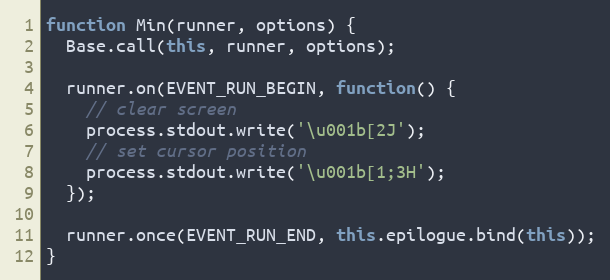
Language: JavaScript
function Min(runner, options) {
  Base.call(this, runner, options);

  runner.on(EVENT_RUN_BEGIN, function() {
    // clear screen
    process.stdout.write('\u001b[2J');
    // set cursor position
    process.stdout.write('\u001b[1;3H');
  });

  runner.once(EVENT_RUN_END, this.epilogue.bind(this));
}